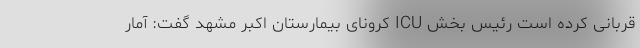
قربانی کرده است رئیس بخش ICU کرونای بیمارستان اکبر مشهد گفت: آمار